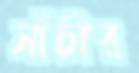
সাঁচীর